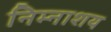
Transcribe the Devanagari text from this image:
निम्नाशय